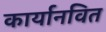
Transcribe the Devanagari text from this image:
कार्यानवित